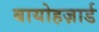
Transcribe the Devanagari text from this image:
बायोहज़ार्ड